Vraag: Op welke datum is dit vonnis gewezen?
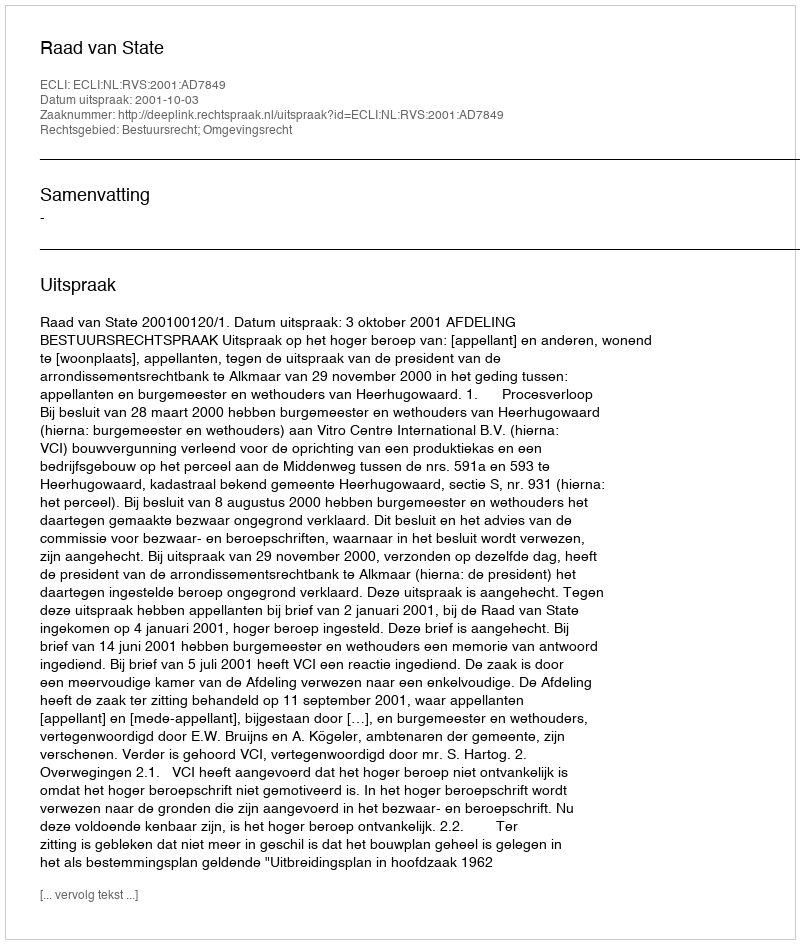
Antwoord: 2001-10-03